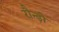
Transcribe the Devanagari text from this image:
रौन्ड़ो